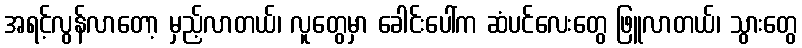
အရင့်လွန်လာတော့ မှည့်လာတယ်၊ လူတွေမှာ ခေါင်းပေါ်က ဆံပင်လေးတွေ ဖြူလာတယ်၊ သွားတွေ